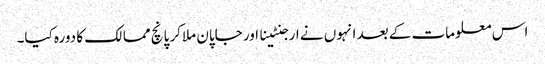
اس معلومات کے بعد انہوں نے ارجنٹینا اور جاپان ملاکر پانچ ممالک کا دورہ کیا۔